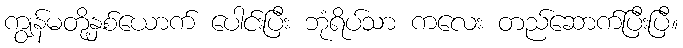
ကျွန်မတို့နှစ်ယောက် ပေါင်းပြီး ဘုံရိပ်သာ ကလေး တည်ဆောက်ပြီးပြီ။